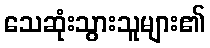
သေဆုံးသွားသူများ၏